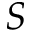
S